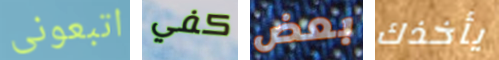
اتبعونى كفي بعض يأخذك